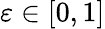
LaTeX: \varepsilon\in[0,1]